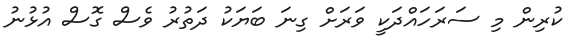
ކުރިން މި ސަރަހައްދަކީ ވަރަށް ގިނަ ބަޔަކު ދަތުރު ވެސް ގޮސް އުޅުނު